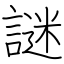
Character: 謎